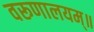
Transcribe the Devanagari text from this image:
वरूणालयम्॥